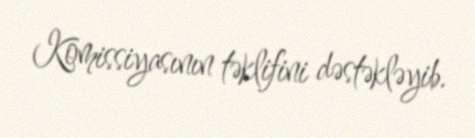
Komissiyasının təklifini dəstəkləyib.